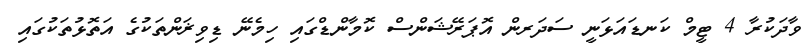
ވާދަކުރާ 4 ޓީމް ކަނޑައަޅަނީ ސަދަރން އޮޕަރޭޝަންސް ކޮމާންޑްގައި ހިމެނޭ ޑިވިޜަންތަކުގެ އަތޮޅުތަކުގައި